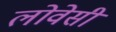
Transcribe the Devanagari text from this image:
लोवेसी